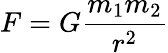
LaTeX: F=G{\frac{m_{1}m_{2}}{r^{2}}}